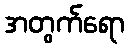
အတွက်ရော